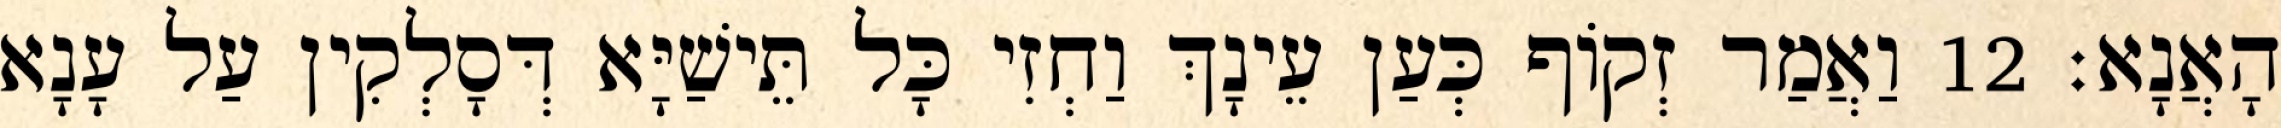
הָאֲנָא׃ 12 וַאֲמַר זְקוֹף כְּעַן עֵינָךְ וַחְזִי כָּל תֵּישַׁיָּא דְּסָלְקִין עַל עָנָא